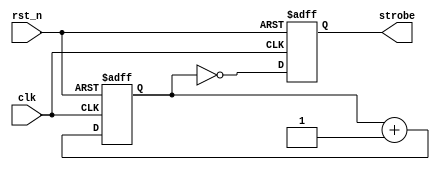
// This program was cloned from: https://github.com/RomeoMe5/DDLM
// License: MIT License

module strobe_generator
# (
    parameter w = 24
)
(
    input      clk,
    input      rst_n,
    output reg strobe
);

    reg [w - 1:0] cnt;

    always @ (posedge clk or negedge rst_n)
        if (! rst_n)
            cnt <= { w { 1'b0 } };
        else
            cnt <= cnt + 1'b1;

    always @ (posedge clk or negedge rst_n)
        if (! rst_n)
            strobe <= 1'b0;
        else
            strobe <= (cnt [w - 1:0] == 1'b0);

endmodule